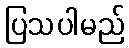
ပြသပါမည်